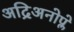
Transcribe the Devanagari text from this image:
अद्रिअनोप्ले